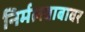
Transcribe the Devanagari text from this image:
निर्मलबाबावर